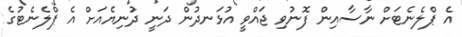
އެ ޕްލެނެޓަށް ނާސާއިން ފޮނުވި ޖައްވީ އުޅަނދުން ދަނީ ދުނިޔެއަށް އެ ޕްލެނެޓުގެ